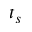
t _ { s }